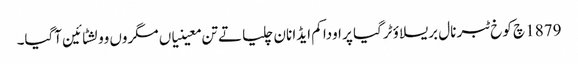
1879 چ کوخ ٹبر نال بریسلاؤ ٹرگیا پر اودا کم ایڈا نان چلیا تے تن معینیاں مگروں وولشٹائین آگیا۔